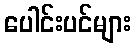
ပေါင်းပင်များ